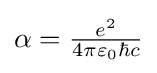
\alpha ={\tfrac {e^{2}}{4\pi \varepsilon _{0}\hbar c}}